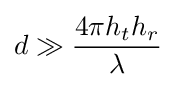
d\gg {\frac {4\pi h_{t}h_{r}}{\lambda }}